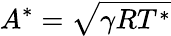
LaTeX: A^{*}={\sqrt{\gamma RT^{*}}}